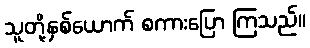
သူတို့နှစ်ယောက် စကားပြော ကြသည်။